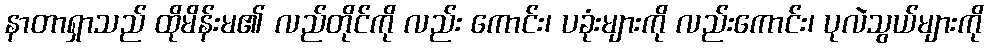
နာတာရှာသည် ထိုမိန်းမ၏ လည်တိုင်ကို လည်း ကောင်း၊ ပခုံးများကို လည်းကောင်း၊ ပုလဲသွယ်များကို